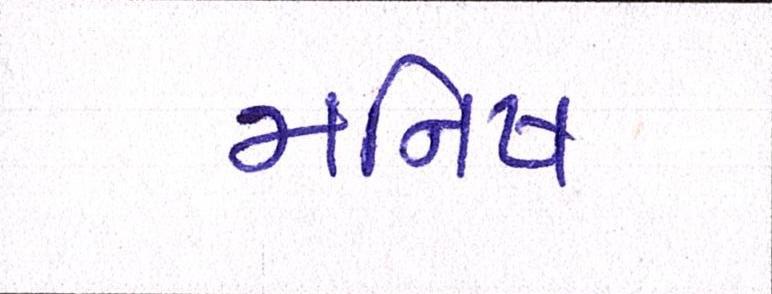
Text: મનિષ